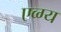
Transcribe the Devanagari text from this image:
एव्ग्य